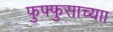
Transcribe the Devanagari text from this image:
फुफ्फुसाच्याा